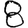
Digit: 8